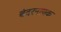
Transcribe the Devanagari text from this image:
बंदरनायक